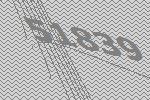
51839